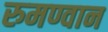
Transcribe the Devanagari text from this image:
रुमण्वान